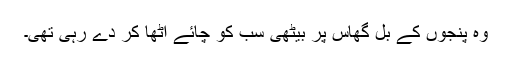
وہ پنجوں کے بل گھاس پر بیٹھی سب کو چائے اٹھا کر دے رہی تھی۔